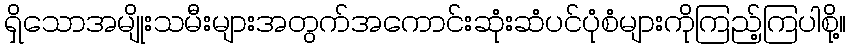
ရှိသောအမျိုးသမီးများအတွက်အကောင်းဆုံးဆံပင်ပုံစံများကိုကြည့်ကြပါစို့။